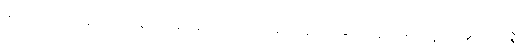
မျက်မှောက်ခေတ် ထေရဝါဒမှာ မိမိကိုယ်တိုင် ဝေဖန်ပိုင်းခြားမှု၊ စူးစမ်းလေ့လာမှု (ဝိဘဇ္ဇ)